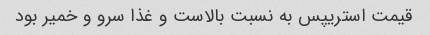
قیمت استریپس به نسبت بالاست و غذا سرو و خمیر بود